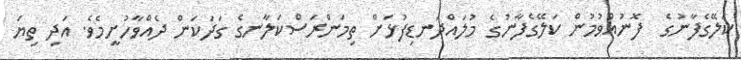
ކަލޭގެފާނުގެ  ފޮނުއްވުމުން ކަލޭގެފާނުގެ މުލައްދަނޑިފުޅަށް ތިމަންރަސްކަލާނގެ ގަދަކަން ދެއްވާހުށީމެވެ. އަދި ތިޔަ